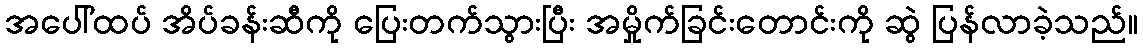
အပေါ်ထပ် အိပ်ခန်းဆီကို ပြေးတက်သွားပြီး အမှိုက်ခြင်းတောင်းကို ဆွဲ ပြန်လာခဲ့သည်။